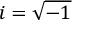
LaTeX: i = { \sqrt { - 1 } }